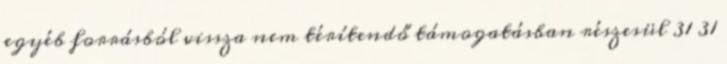
egyéb forrásból vissza nem térítendő támogatásban részesül 31 31